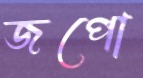
জপো